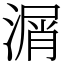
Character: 㴮